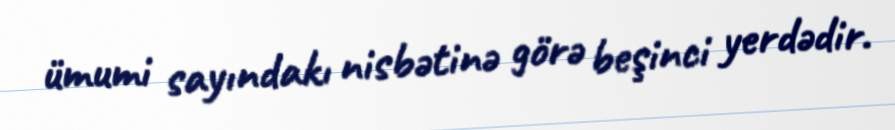
ümumi sayındakı nisbətinə görə beşinci yerdədir.